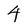
Character: 4